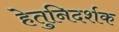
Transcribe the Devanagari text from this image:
हेतुनिदर्शक